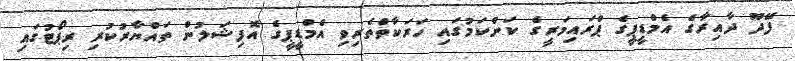
ފޭދޫ ދާއިރާގެ އެމްޑީޕީގެ ޕްރައިމަރީގެ ކަންކަމުގައި ހަރަކާތްތެރިވި އެމްޑީޕީގެ އޮފިޝަލުން ތައްޔާރުކުރި ރިޕޯޓުގައި